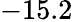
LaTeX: -15.2